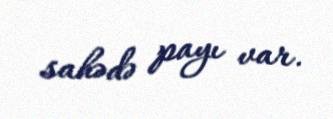
sahədə payı var.